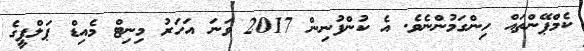
ކެމްޕޭންތައް ހިންގަމުންނެވެ. އެ ކުންފުނިން 2017 ވަނަ އަހަރު މިނިޓް މެއިޑް ޕަލްޕީގެ